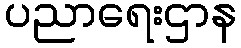
ပညာရေးဌာန